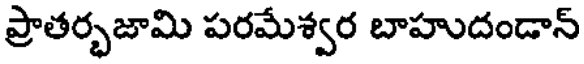
ప్రాతర్భజామి పరమేశ్వర బాహుదండాన్